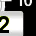
Digit: 2